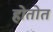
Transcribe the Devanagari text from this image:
होतोत